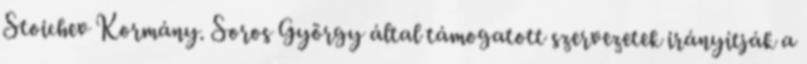
Stoichev Kormány. Soros György által támogatott szervezetek irányítják a